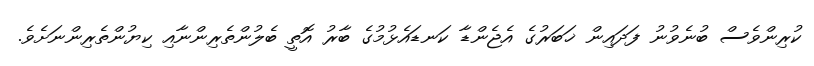
ކުރިންވެސް ބުނެވުނު ފަދައިން ޚަބަރުގެ އެޖެންޑާ ކަނޑައެޅުމުގެ ބާރު އޮތީ ބެލުންތެރިންނާއި ކިޔުންތެރިންނަށެވެ.